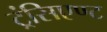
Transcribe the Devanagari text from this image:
ट्रंसिएण्ट